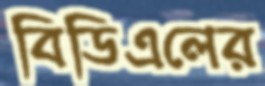
বিডিএলের